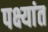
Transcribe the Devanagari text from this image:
पक्ष्यांत